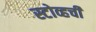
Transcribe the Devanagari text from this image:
स्टोव्हची